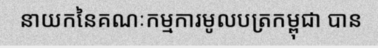
នាយកនៃគណៈកម្មការមូលបត្រកម្ពុជា បាន